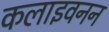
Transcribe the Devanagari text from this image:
कलाइवनन